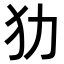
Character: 𤜜